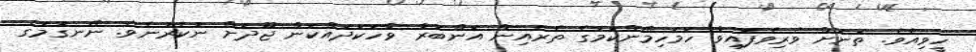
ހީވިއެވެ. ތަނަށް ވެރިވެފައިވާ ހަމަހިމޭންކަމުގެ ތެރެއިން އަންބަރާ ވާހަކަދައްކަން ޖޫދަށް ނުކެރުނެވެ. ނޭނގުމުގެ